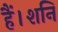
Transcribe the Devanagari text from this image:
हैं।शनि